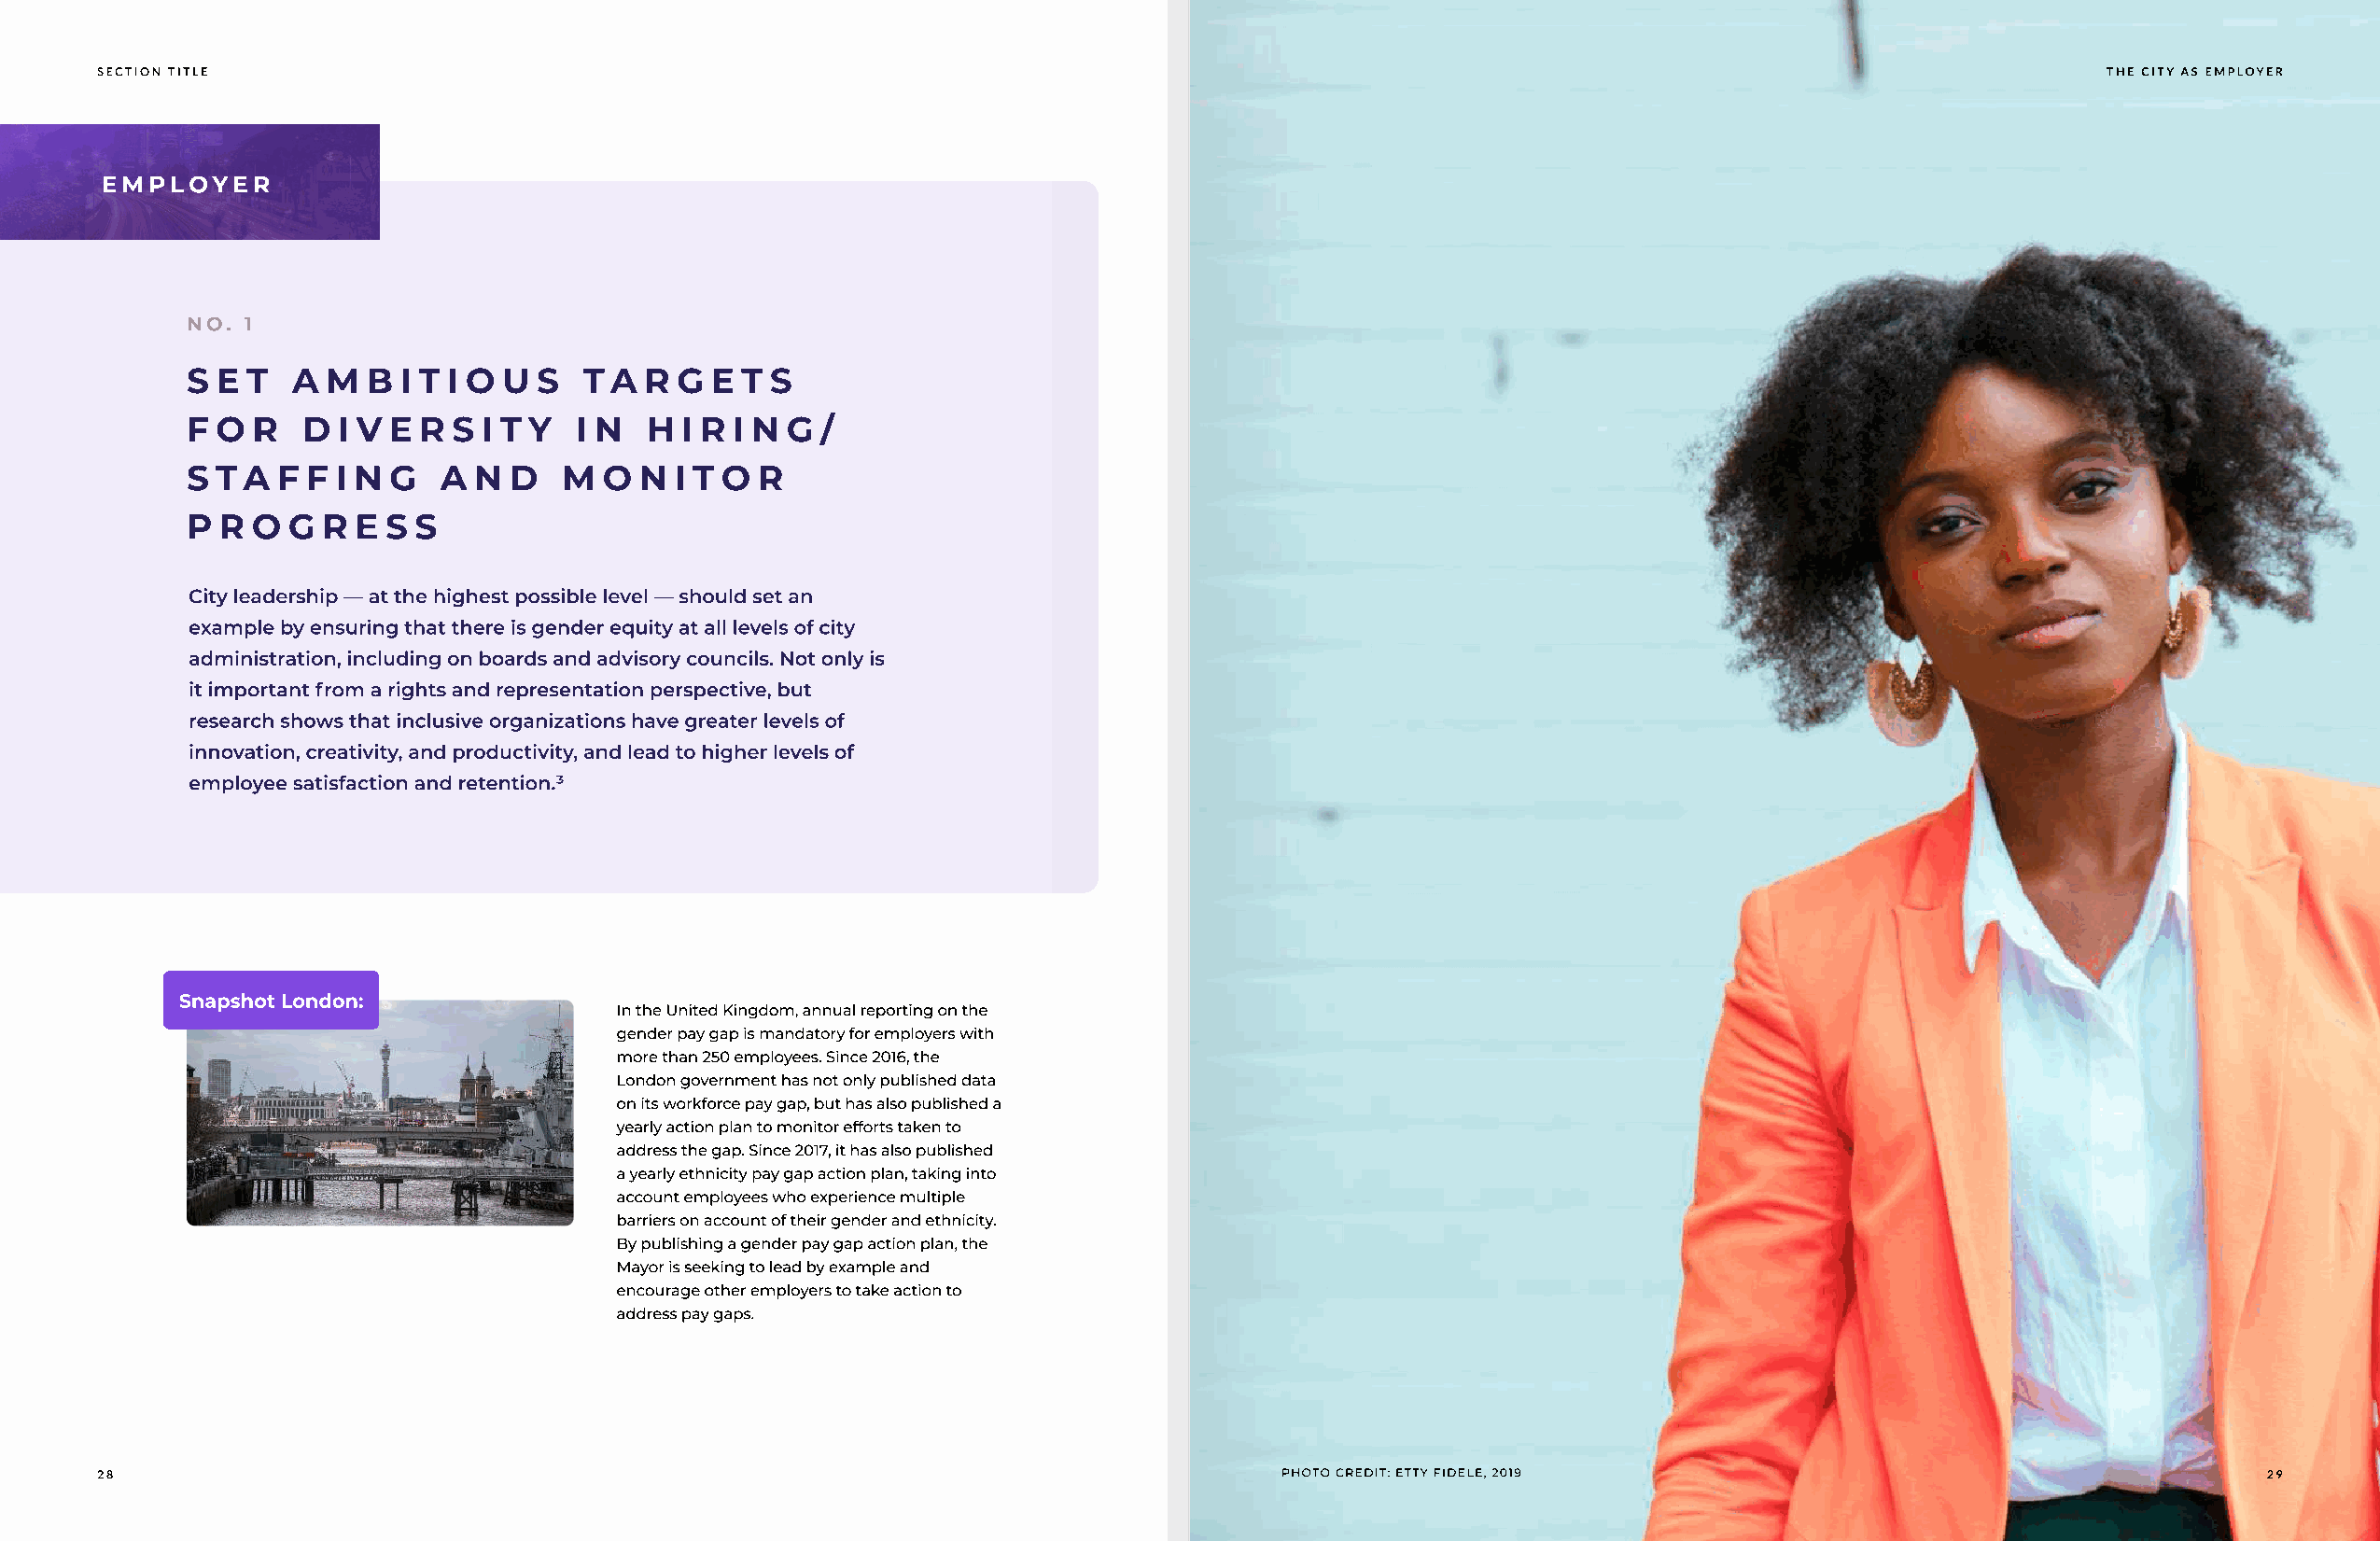
SECTION TITLE                                                                                                                                 the city as employer
 employer
 S E T   A M  B I T I O U S  TA   R G E  T S
 F O  R  D  I V E R S I T Y  I N  H I R I N G /
 S TA   F F I N G  A  N D   M  O N  I T O R
 P  R O G  R E S S
 City leadership — at the highest possible level — should set an
 example by ensuring that there is gender equity at all levels of city
 administration, including on boards and advisory councils. Not only is
 it important from a rights and representation perspective, but
 research shows that inclusive organizations have greater levels of
 innovation, creativity, and productivity, and lead to higher levels of
 employee satisfaction and retention.3
 Snapshot London:
 In the United Kingdom, annual reporting on the
 gender pay gap is mandatory for employers with
 more than 250 employees. Since 2016, the
 London government has not only published data
 on its workforce pay gap, but has also published a
 yearly action plan to monitor efforts taken to
 address the gap. Since 2017, it has also published
 a yearly ethnicity pay gap action plan, taking into
 account employees who experience multiple
 barriers on account of their gender and ethnicity.
 By publishing a gender pay gap action plan, the
 Mayor is seeking to lead by example and
 encourage other employers to take action to
 address pay gaps.
 28                                                                                  photo credit: etty fidele, 2019                                       29